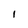
Character: 1